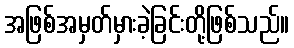
အဖြစ်အမှတ်မှားခဲ့ခြင်းတို့ဖြစ်သည်။